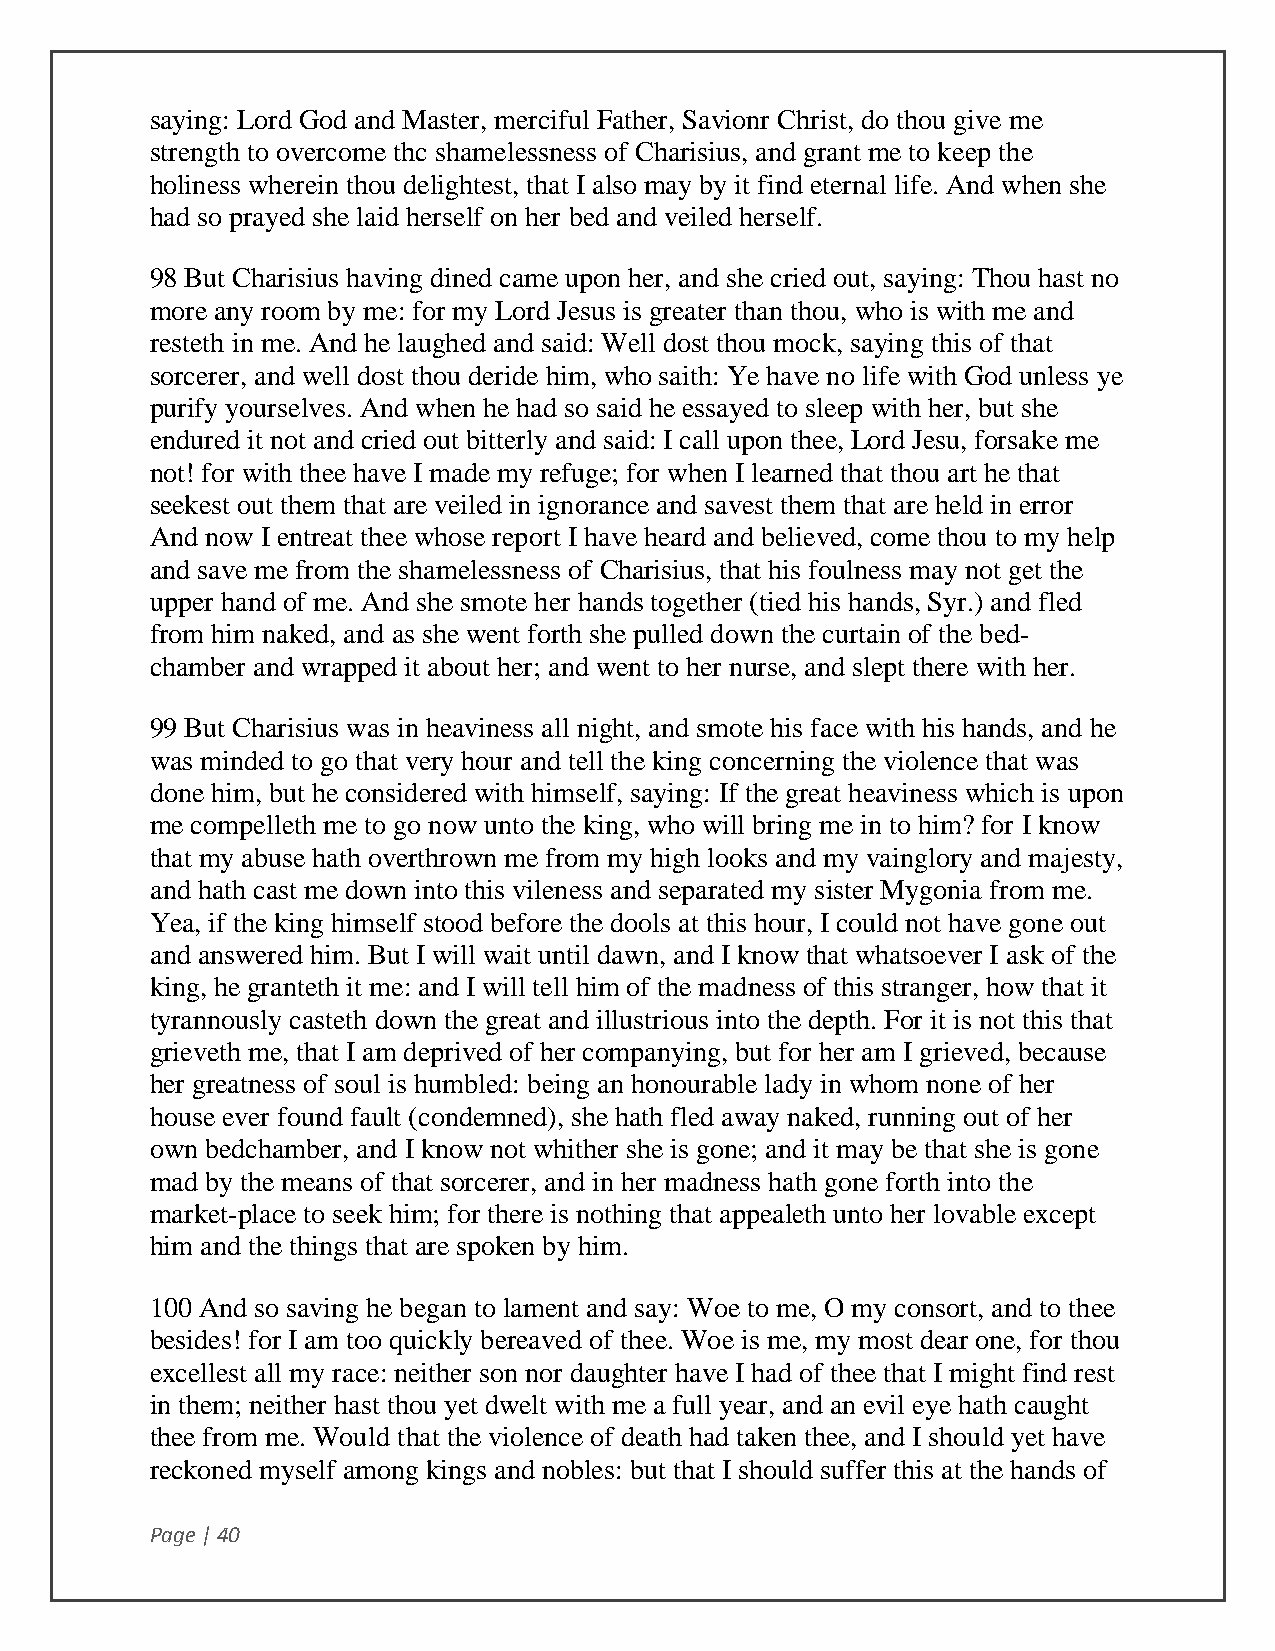
saying: Lord God and Master, merciful Father, Savionr Christ, do thou give me
 strength to overcome thc shamelessness of Charisius, and grant me to keep the
 holiness wherein thou delightest, that I also may by it find eternal life. And when she
 had so prayed she laid herself on her bed and veiled herself.
 98 But Charisius having dined came upon her, and she cried out, saying: Thou hast no
 more any room by me: for my Lord Jesus is greater than thou, who is with me and
 resteth in me. And he laughed and said: Well dost thou mock, saying this of that
 sorcerer, and well dost thou deride him, who saith: Ye have no life with God unless ye
 purify yourselves. And when he had so said he essayed to sleep with her, but she
 endured it not and cried out bitterly and said: I call upon thee, Lord Jesu, forsake me
 not! for with thee have I made my refuge; for when I learned that thou art he that
 seekest out them that are veiled in ignorance and savest them that are held in error
 And now I entreat thee whose report I have heard and believed, come thou to my help
 and save me from the shamelessness of Charisius, that his foulness may not get the
 upper hand of me. And she smote her hands together (tied his hands, Syr.) and fled
 from him naked, and as she went forth she pulled down the curtain of the bed-
 chamber and wrapped it about her; and went to her nurse, and slept there with her.
 99 But Charisius was in heaviness all night, and smote his face with his hands, and he
 was minded to go that very hour and tell the king concerning the violence that was
 done him, but he considered with himself, saying: If the great heaviness which is upon
 me compelleth me to go now unto the king, who will bring me in to him? for I know
 that my abuse hath overthrown me from my high looks and my vainglory and majesty,
 and hath cast me down into this vileness and separated my sister Mygonia from me.
 Yea, if the king himself stood before the dools at this hour, I could not have gone out
 and answered him. But I will wait until dawn, and I know that whatsoever I ask of the
 king, he granteth it me: and I will tell him of the madness of this stranger, how that it
 tyrannously casteth down the great and illustrious into the depth. For it is not this that
 grieveth me, that I am deprived of her companying, but for her am I grieved, because
 her greatness of soul is humbled: being an honourable lady in whom none of her
 house ever found fault (condemned), she hath fled away naked, running out of her
 own bedchamber, and I know not whither she is gone; and it may be that she is gone
 mad by the means of that sorcerer, and in her madness hath gone forth into the
 market-place to seek him; for there is nothing that appealeth unto her lovable except
 him and the things that are spoken by him.
 100 And so saving he began to lament and say: Woe to me, O my consort, and to thee
 besides! for I am too quickly bereaved of thee. Woe is me, my most dear one, for thou
 excellest all my race: neither son nor daughter have I had of thee that I might find rest
 in them; neither hast thou yet dwelt with me a full year, and an evil eye hath caught
 thee from me. Would that the violence of death had taken thee, and I should yet have
 reckoned myself among kings and nobles: but that I should suffer this at the hands of
 Page | 40